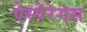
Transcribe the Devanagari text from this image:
ऐस्पेरेगस